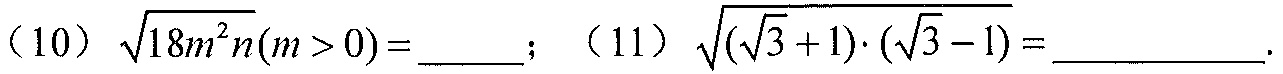
(10) \(\sqrt{18m^{2}n}(m > 0)=\underline{\quad\quad}\); (11) \(\sqrt{(\sqrt{3}+1)\cdot(\sqrt{3}-1)}=\underline{\quad\quad}\).